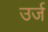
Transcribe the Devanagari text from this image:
उर्ज